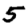
Digit: 5